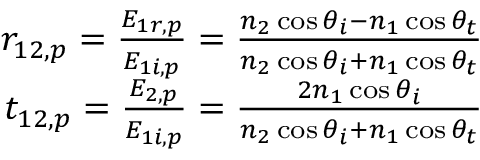
\begin{array} { r } { r _ { 1 2 , p } = \frac { E _ { 1 r , p } } { E _ { 1 i , p } } = \frac { n _ { 2 } \cos \theta _ { i } - n _ { 1 } \cos \theta _ { t } } { n _ { 2 } \cos \theta _ { i } + n _ { 1 } \cos \theta _ { t } } } \\ { t _ { 1 2 , p } = \frac { E _ { 2 , p } } { E _ { 1 i , p } } = \frac { 2 n _ { 1 } \cos \theta _ { i } } { n _ { 2 } \cos \theta _ { i } + n _ { 1 } \cos \theta _ { t } } } \end{array}